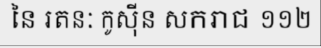
នៃ រតនៈ កូស៊ីន សករាជ ១១២